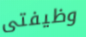
وظيفتى